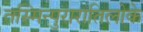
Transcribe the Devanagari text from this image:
तस्मिन्पुरारातिलोके